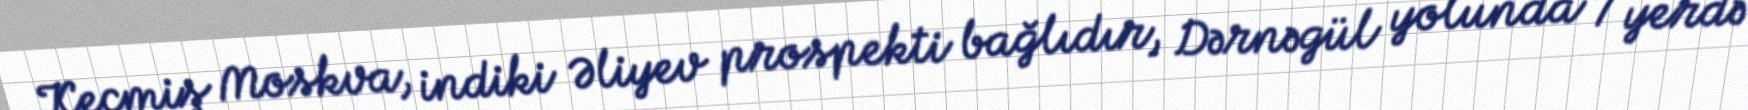
Keçmiş Moskva, indiki Əliyev prospekti bağlıdır, Dərnəgül yolunda 7 yerdə